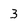
Character: 3